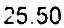
25.50